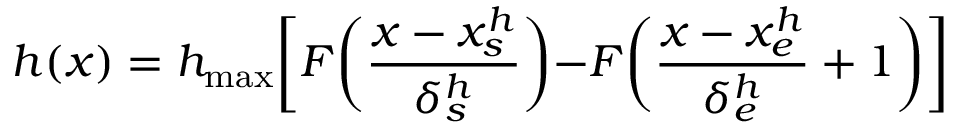
h ( x ) = h _ { \mathrm { m a x } } \biggl [ F \biggl ( \frac { x - x _ { s } ^ { h } } { \delta _ { s } ^ { h } } \biggl ) - F \biggl ( \frac { x - x _ { e } ^ { h } } { \delta _ { e } ^ { h } } + 1 \biggl ) \biggl ]